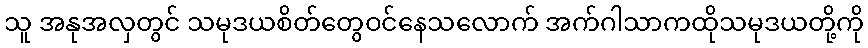
သူ အနုအလှတွင် သမုဒယစိတ်တွေဝင်နေသလောက် အက်ဂါသာကထိုသမုဒယတို့ကို